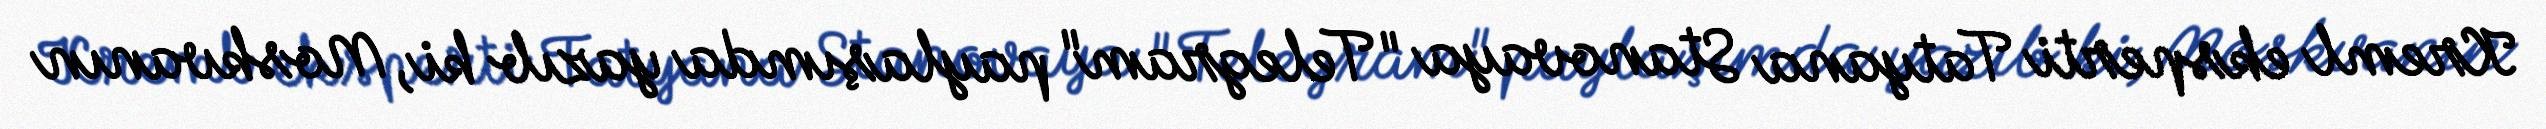
Kreml eksperti Tatyana Stanovaya "Telegram" paylaşımda yazıb ki, Moskvanın